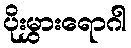
ပိုးမွှားရောဂါ